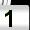
Digit: 1